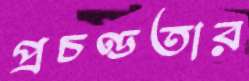
প্রচণ্ডতার